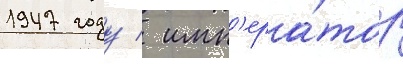
1947 году / имп'ера́тор